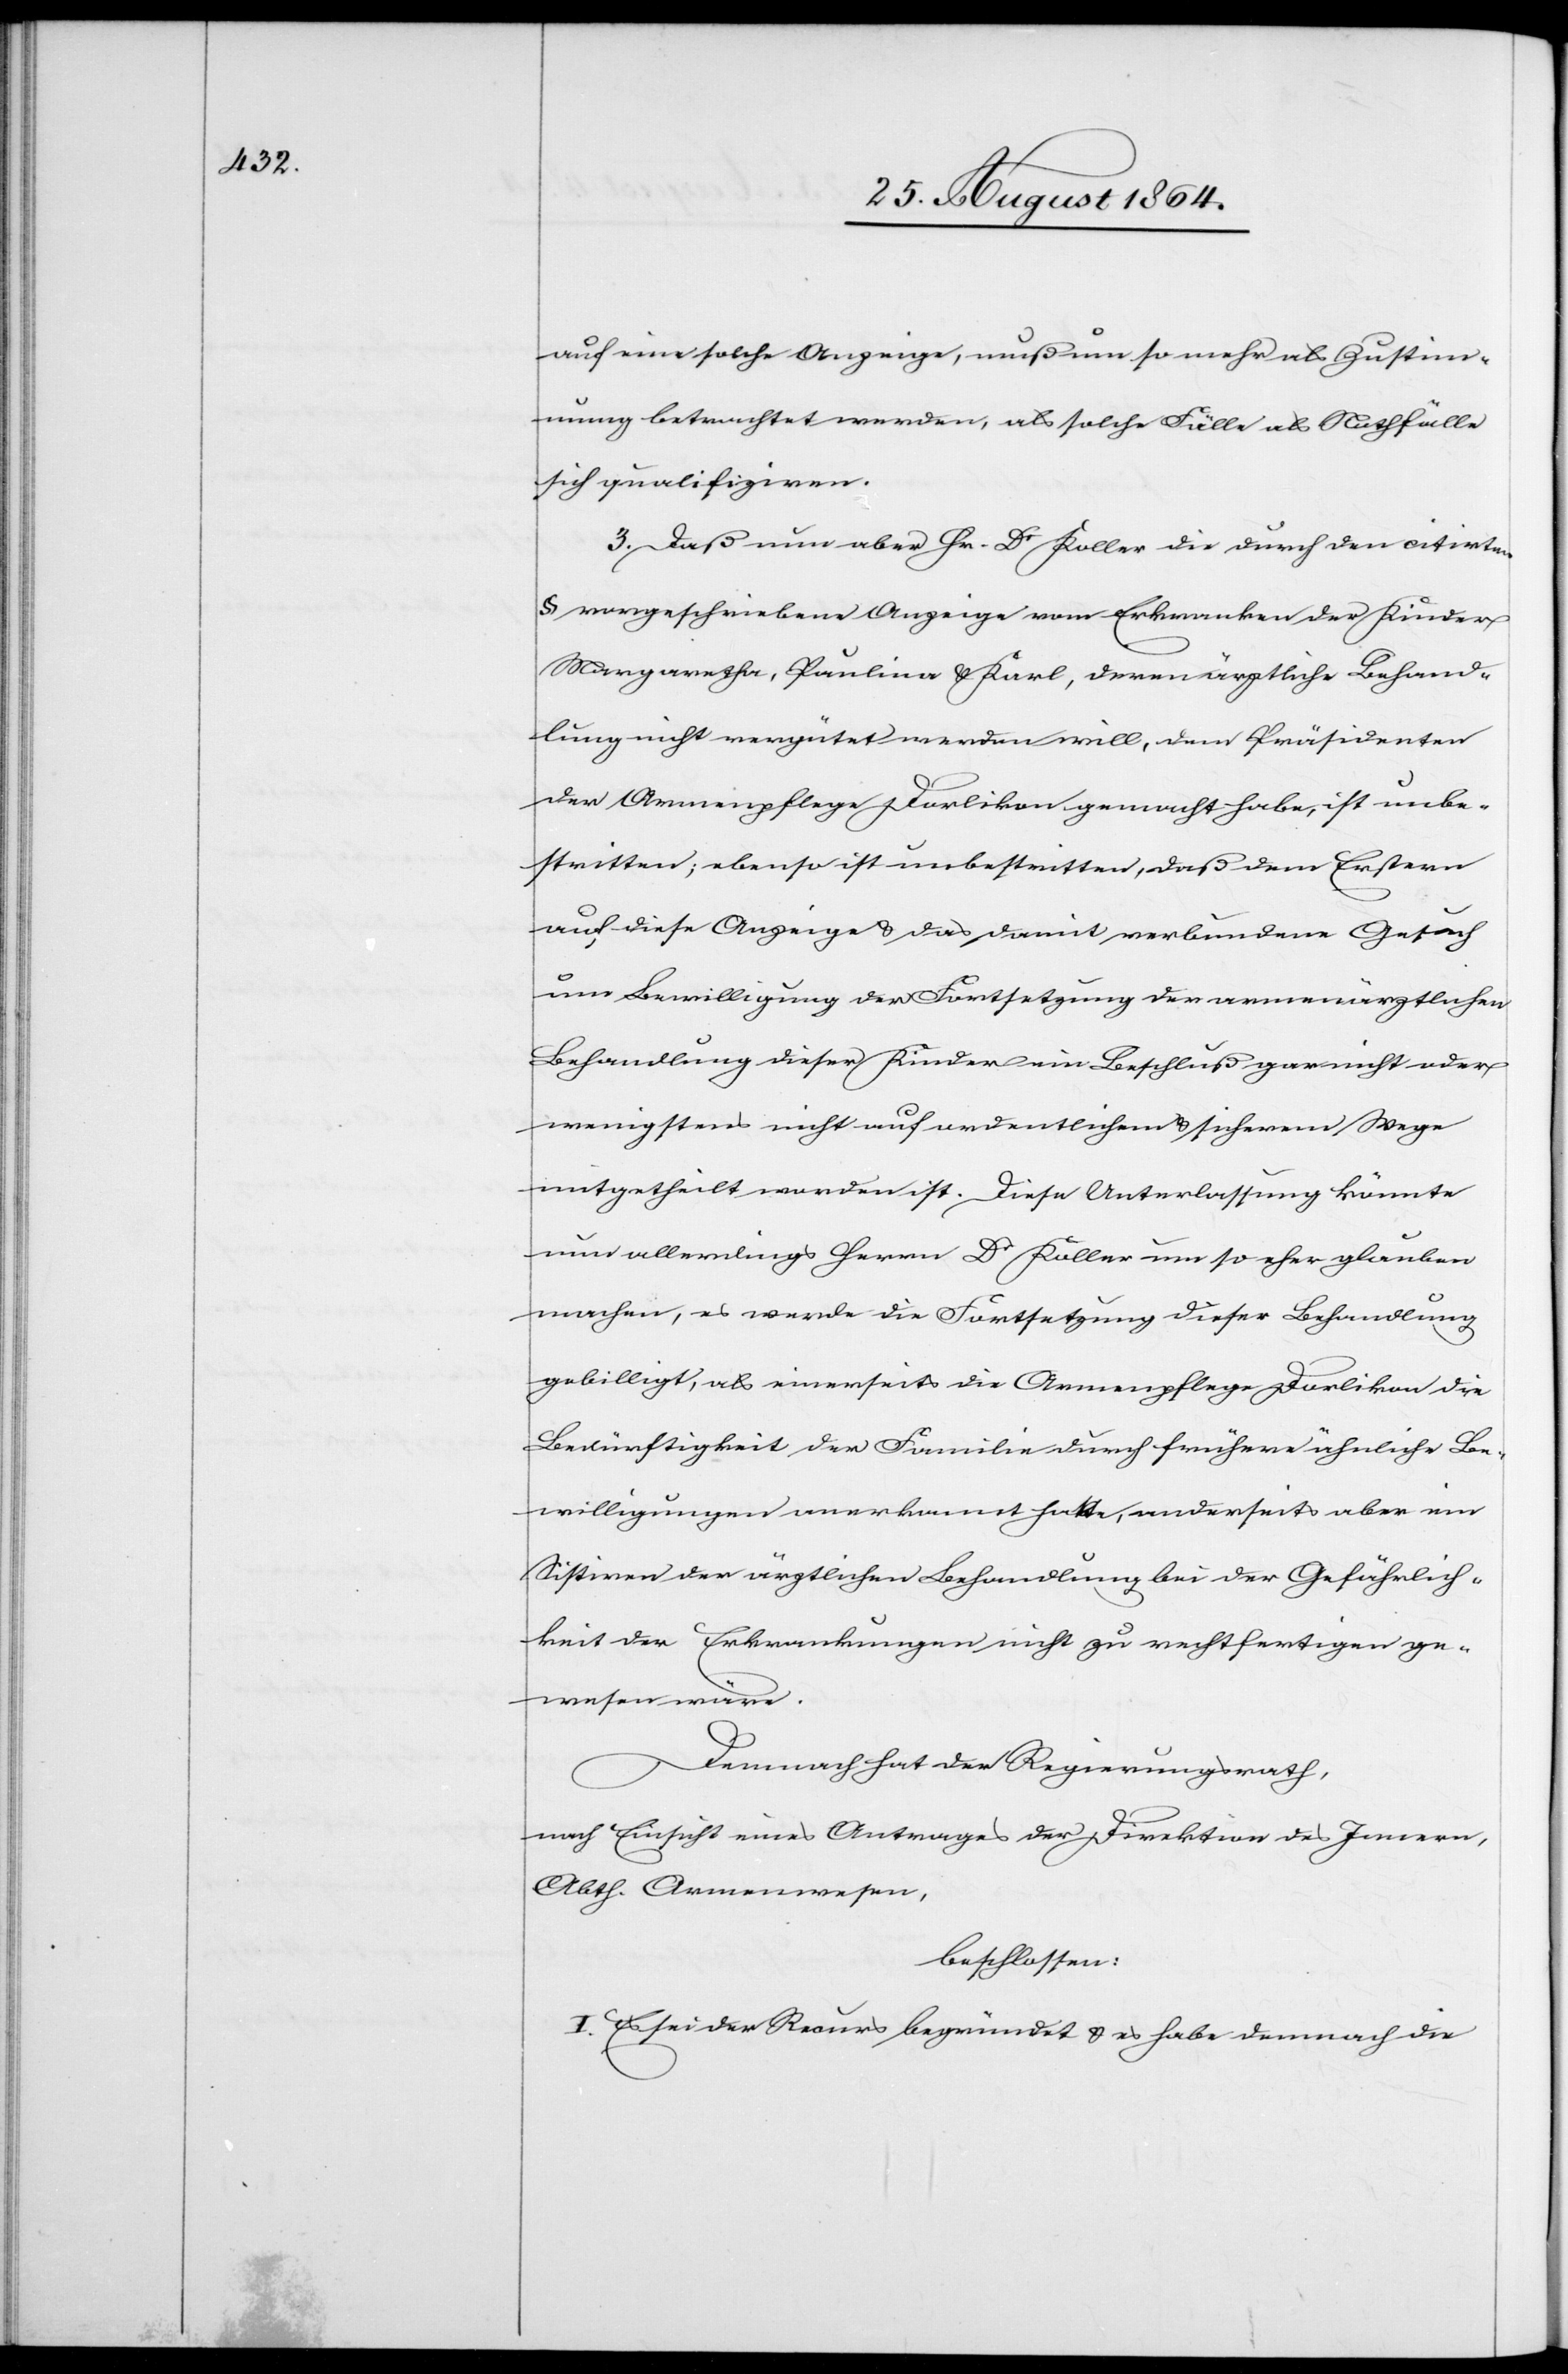
auf eine solche Anzeige, muß um so mehr als Zustim¬
mung betrachtet werden, als solche Fälle als Nothfälle
sich qualifiziren.
3. Daß nun aber Hr. Dr Koller die durch den citirten
§ vorgeschriebene Anzeige vom Erkranken der Kinder
Margaretha, Paulina & Karl, deren ärztliche Behand¬
lung nicht vergütet werden will, dem Präsidenten
der Armenpflege Dorlikon gemacht habe, ist unbe¬
stritten; ebenso ist unbestritten, daß dem Erstern
auf diese Anzeige & das damit verbundene Gesuch
um Bewilligung der Fortsetzung der armenärztlichen
Behandlung dieser Kinder ein Beschluß gar nicht oder
wenigstens nicht auf ordentlichem & sicherm Wege
mitgetheilt worden ist. Diese Unterlassung könnte
nun allerdings Herrn Dr Koller um so eher glauben
machen, es werde die Fortsetzung dieser Behandlung
gebilligt; als einerseits die Armenpflege Dorlikon die
Bedürftigkeit der Familie durch frühere ähnliche Be¬
willigungen anerkannt hatte, anderseits aber ein
Sistiren der ärztlichen Behandlung bei der Gefährlich¬
keit der Erkrankungen nicht zu rechtfertigen ge¬
wesen wäre.
Demnach hat der Regierungsrath,
nach Einsicht eines Antrages der Direktion des Innern,
Abth. Armenwesen,
beschlossen:
I. Es sei der Recurs begründet & es habe demnach die